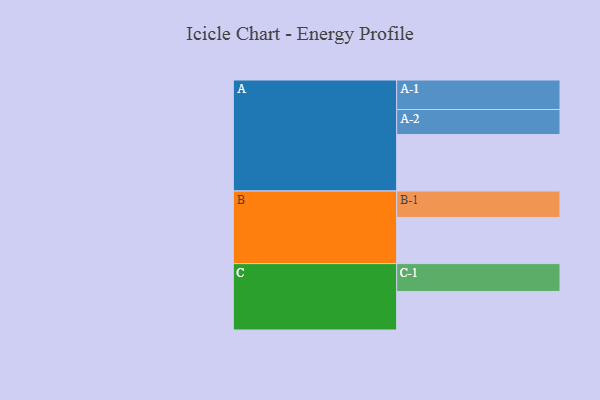
{"axis": {"x": "Segment", "y": "Value"}, "legend": ["", "A", "B", "C"], "data": [{"x": "A", "y": 557, "type": ""}, {"x": "B", "y": 455, "type": ""}, {"x": "C", "y": 380, "type": ""}, {"x": "A-1", "y": 291, "type": "A"}, {"x": "A-2", "y": 247, "type": "A"}, {"x": "B-1", "y": 261, "type": "B"}, {"x": "C-1", "y": 275, "type": "C"}]}